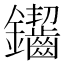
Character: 䥹